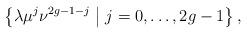
LaTeX: \begin{align*}\left\{\lambda \mu^j\nu^{2g-1-j} \bigm\vert j =0,\ldots,2g-1 \right\},\end{align*}